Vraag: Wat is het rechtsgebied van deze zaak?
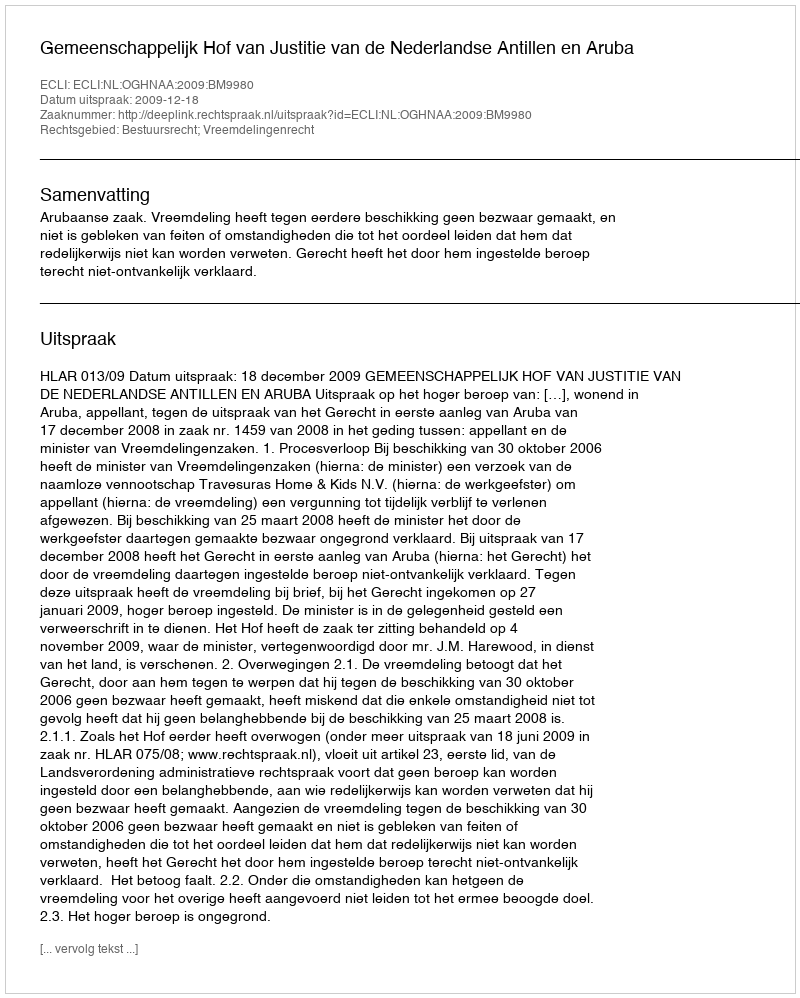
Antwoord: Bestuursrecht; Vreemdelingenrecht